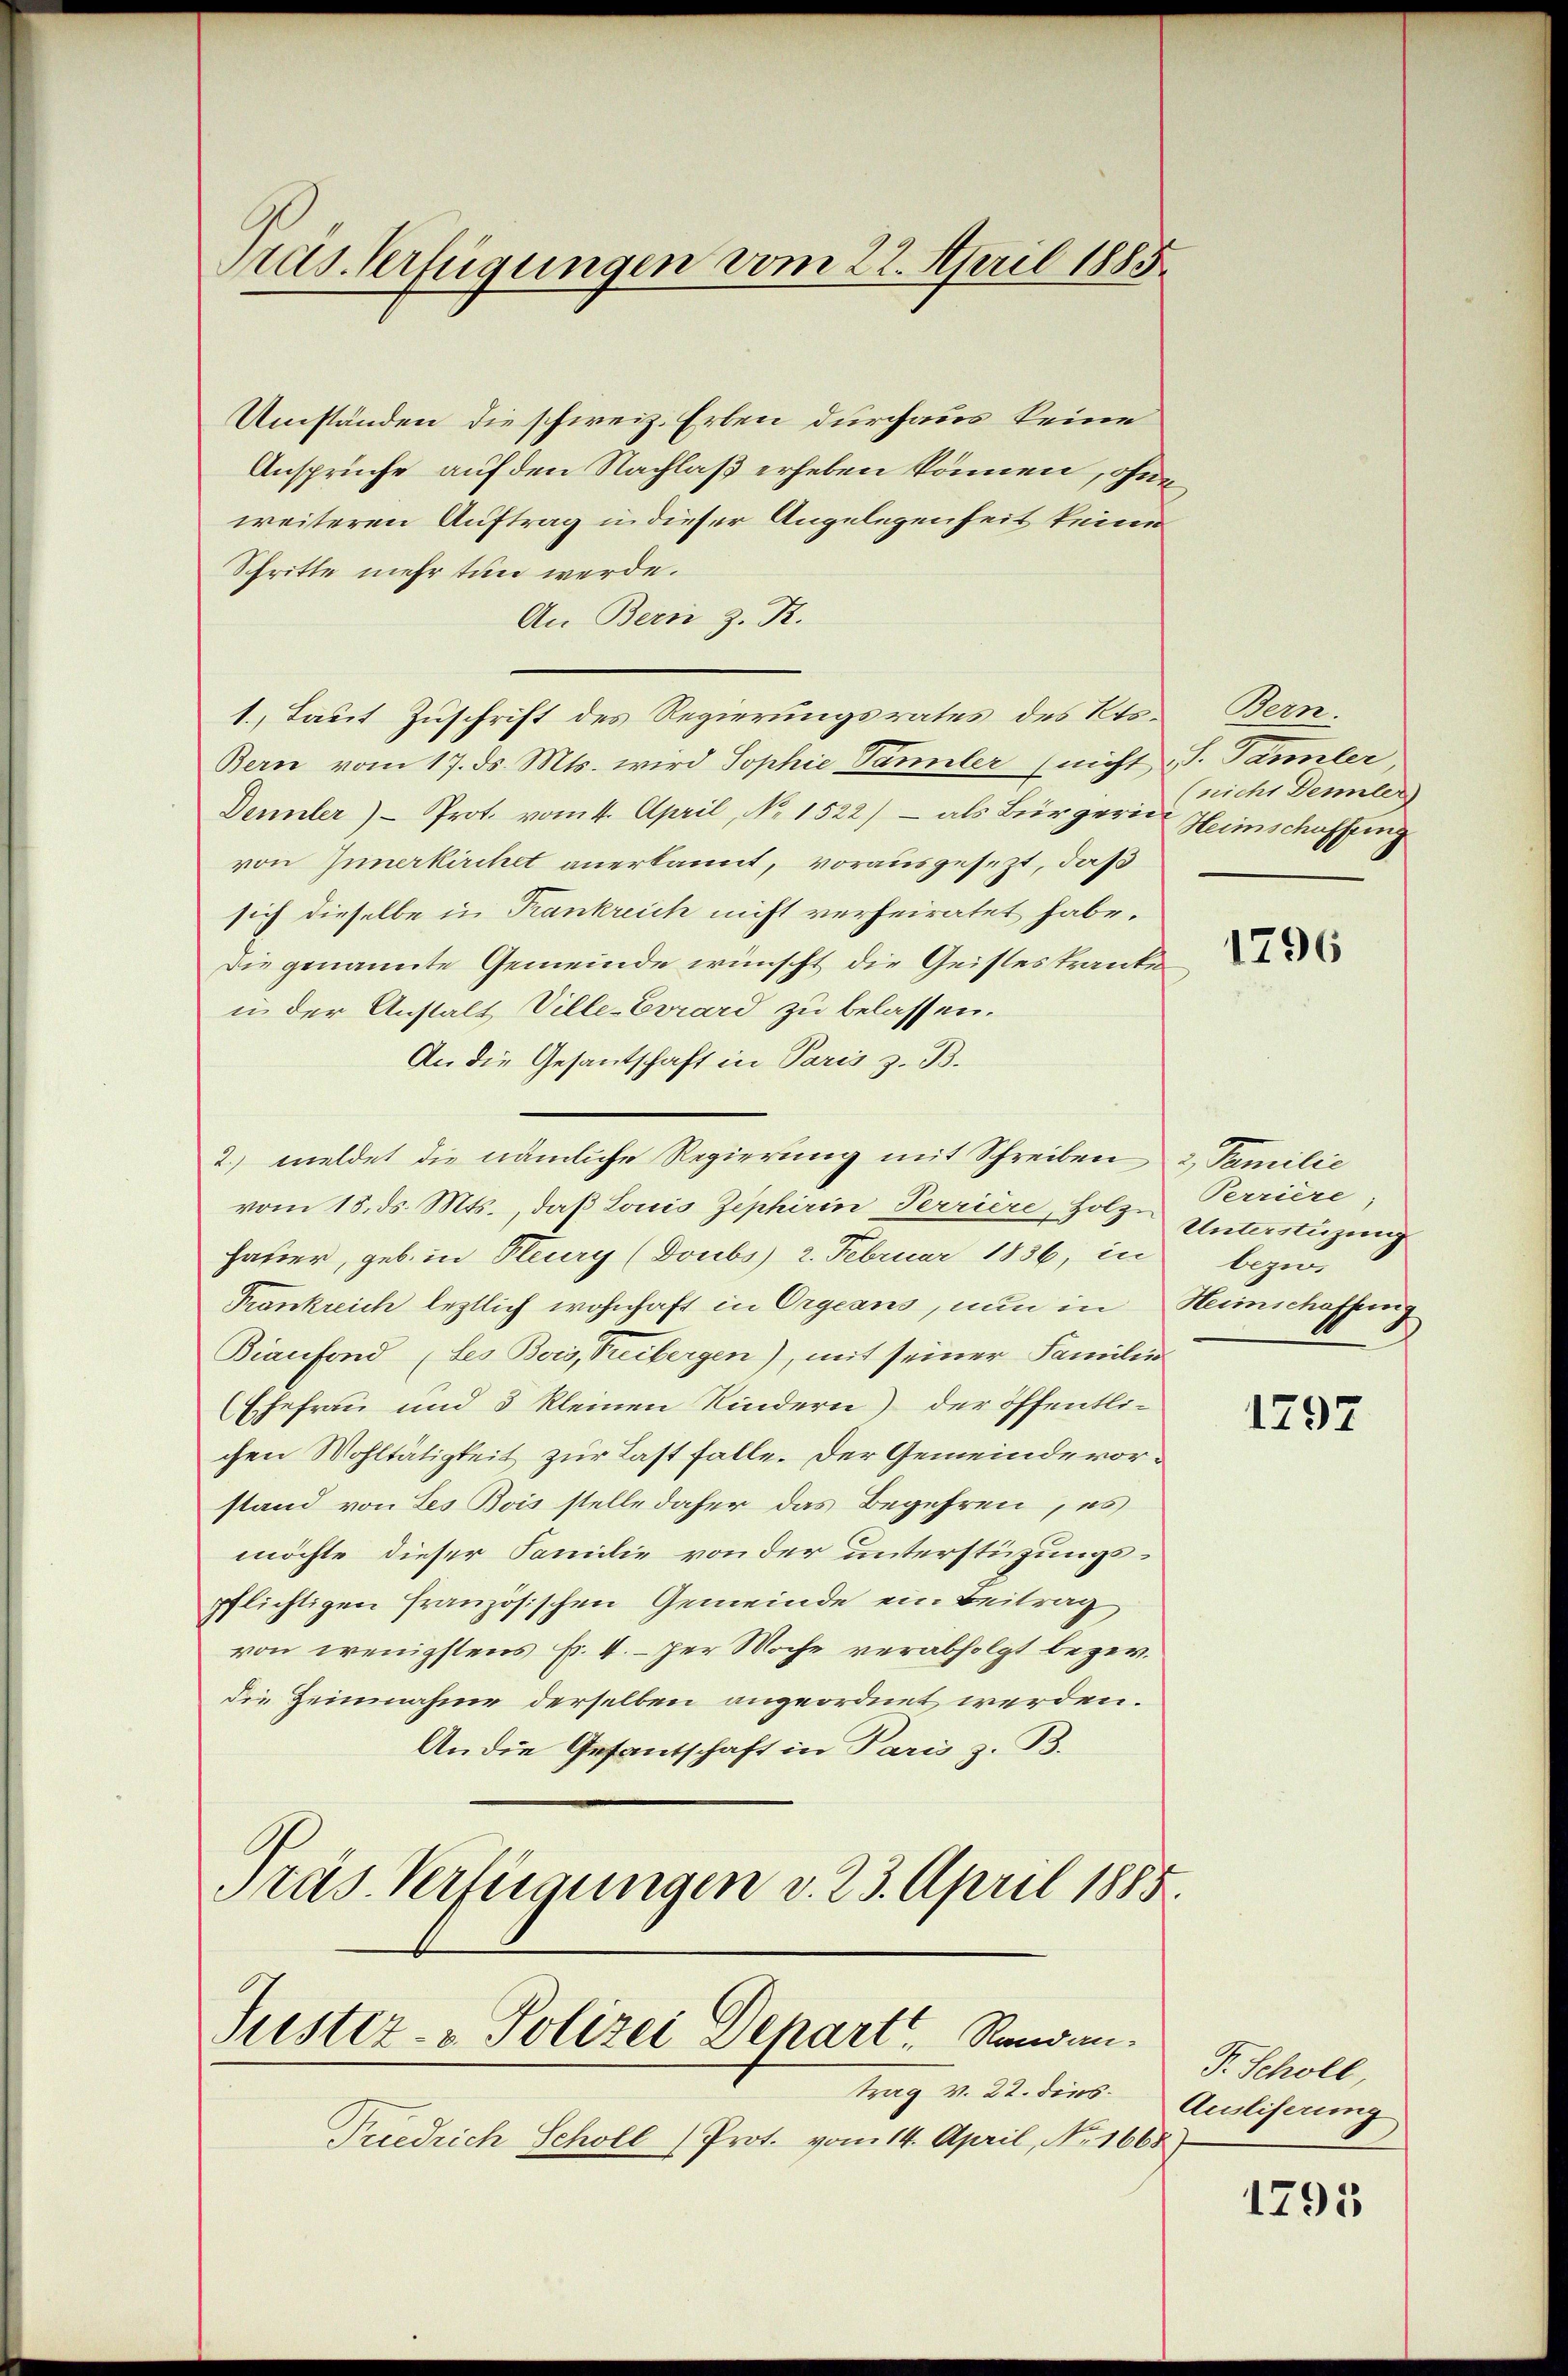
Pras. Verfügungen vom 22. April 1885.

Umständen die schweiz. Erben durchaus keine
Ansprüche auf den Nachlaß erheben können, ohne
weiteren Auftrag in dieser Angelegenheit keine
Schritte mehr tun werde.
An Bern z. R.
1., Laut Zuschrift des Regierungsrates des Kts. Bern.
Bern vom 17. ds. Mts. wird Sophie Dannler (nicht S. Tannler,
Dennler) - Prot. vom 4. April, No 1522) - als Bürgerin Heimschaffung
von Innerkirchet anerkannt, vorausgesezt, daß
sich dieselbe in Krankreich nicht verheiratet habe.
Die genannte Gemeinde wünscht die Geisteskranke
i der Anstalt Ville-Errard zu belassen.
An die Gesantschaft in Paris z. B.
vom 18. ds. Mts., daß Louis Zephirin Terriere, Holz
Jaher, geb. in Pleury (Doubs 2. Februar 1836, in
Frankreich leztlich wohnhaft in Orgeans, nun in
Bianfond (des Bois, Freibergen), mit seiner Familie
Ehefrau und 3 kleinen Kindern) der öffentlichen Wohltätigkeit zur Last falle. Der Gemeindevorstand von Les Bois stelle daher das Begehren, es
möchte dieser Familie von der unterstüzungspflichtigen französischen Gemeinde ein Beitrag
von wenigstens Fr. 4. per Woche verabfolgt bezer.
die Heimnahme derselben angeordnet werden.
An die Gesantschaft in Paris z. B.
Präs. Verfügungen v. 23. April 1885.

2. meldet die nämliche Regierung mit Schreiben 2 Familie

Justiz- & Polizei Depart.   Randantrag v. 22. dies

Triedrich Scholl (Prot. vom 14. April, No. 1668.

(nicht Demler)

1796

Perriere,
Unterstüzung
bezu
Heimschaffeeig

1797

P. Schöll,
Auslieferung

1795